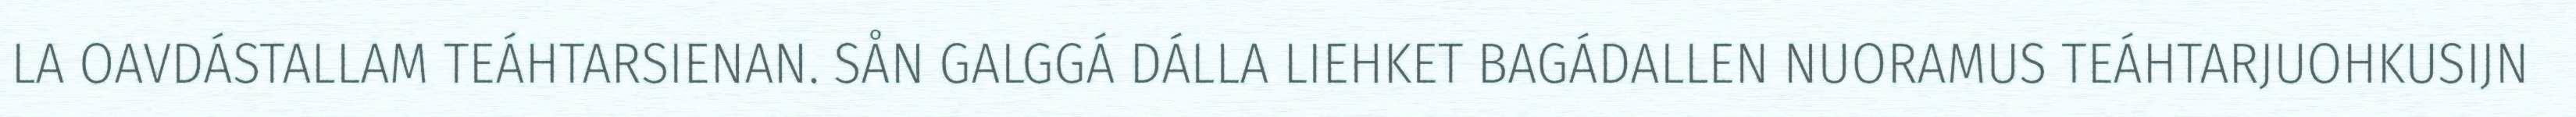
LA OAVDÁSTALLAM TEÁHTARSIENAN. SÅN GALGGÁ DÁLLA LIEHKET BAGÁDALLEN NUORAMUS TEÁHTARJUOHKUSIJN